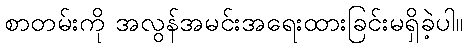
စာတမ်းကို အလွန်အမင်းအရေးထားခြင်းမရှိခဲ့ပါ။